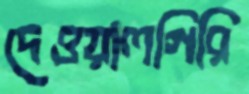
দেওয়ালগিরি